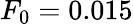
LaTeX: F_{0}=0.015